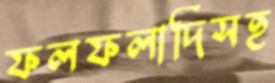
ফলফলাদিসহ